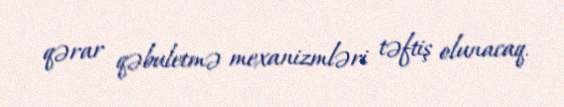
qərar qəbuletmə mexanizmləri təftiş olunacaq.